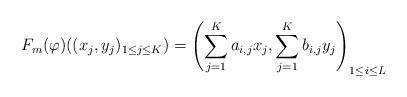
LaTeX: \begin{align*}F_m(\varphi)((x_j,y_j)_{1\leq j\leq K}) = \left(\sum_{j=1}^K a_{i,j}x_j, \sum_{j=1}^K b_{i,j}y_j\right)_{1\leq i\leq L}\end{align*}